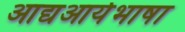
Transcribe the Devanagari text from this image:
आद्यआर्यभाषा